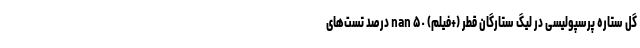
گل ستاره پرسپولیسی در لیگ ستارگان قطر (+فیلم) nan ۵٠ درصد تست‌های